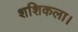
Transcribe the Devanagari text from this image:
शशिकला।